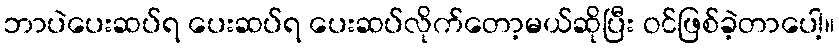
ဘာပဲပေးဆပ်ရ ပေးဆပ်ရ ပေးဆပ်လိုက်တော့မယ်ဆိုပြီး ဝင်ဖြစ်ခဲ့တာပေါ့။